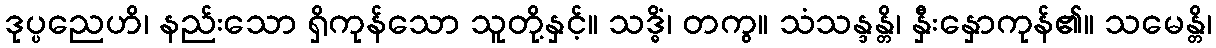
ဒုပ္ပညေဟိ၊ နည်းသော ရှိကုန်သော သူတို့နှင့်။ သဒ္ဓိံ၊ တကွ။ သံသန္ဒန္တိ၊ နှီးနှောကုန်၏။ သမေန္တိ၊